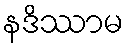
နဒိဿာမ